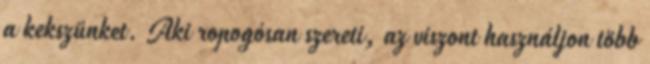
a kekszünket. Aki ropogósan szereti, az viszont használjon több